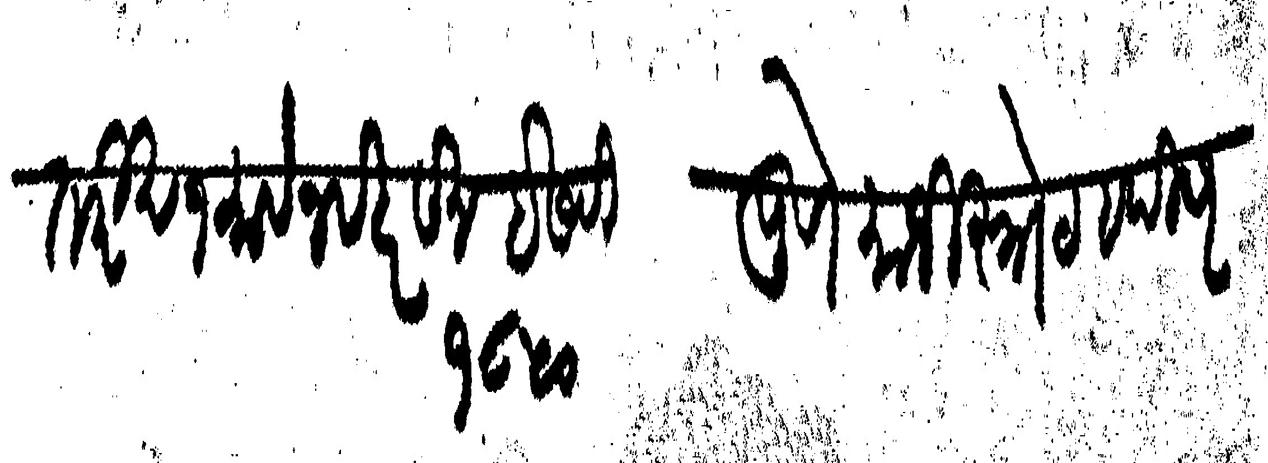
Transliteration (Devanagari): तारीख १ माहे नवबर सन इसवी पुणे माजीसेट हपीसर १८५०